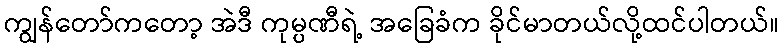
ကျွန်တော်ကတော့ အဲဒီ ကုမ္ပဏီရဲ့ အခြေခံက ခိုင်မာတယ်လို့ထင်ပါတယ်။